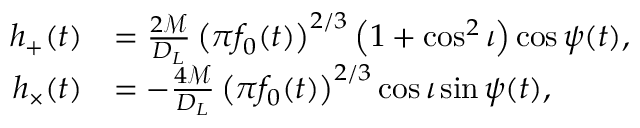
\begin{array} { r l } { h _ { + } ( t ) } & { = \frac { 2 \mathcal { M } } { D _ { L } } \left( \pi f _ { 0 } ( t ) \right) ^ { 2 / 3 } \left( 1 + \cos ^ { 2 } \iota \right) \cos { \psi ( t ) } , } \\ { h _ { \times } ( t ) } & { = - \frac { 4 \mathcal { M } } { D _ { L } } \left( \pi f _ { 0 } ( t ) \right) ^ { 2 / 3 } \cos { \iota } \sin { \psi ( t ) } , } \end{array}